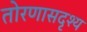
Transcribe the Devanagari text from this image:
तोरणासदृश्य